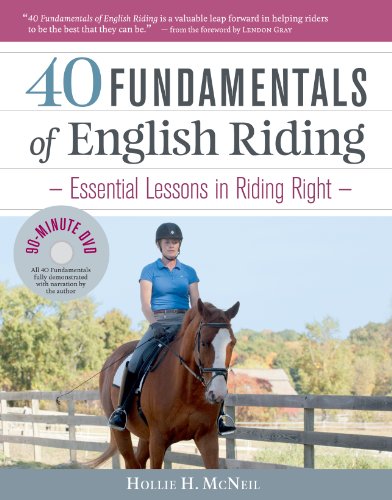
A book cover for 40 Fundamentals of English Riding: Essential Lessons in Riding Right (Book & DVD); Hollie H. McNeil; Crafts, Hobbies & Home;